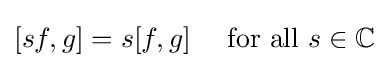
[sf,g]=s[f,g]\quad {\text{ for all }}s\in \mathbb {C}